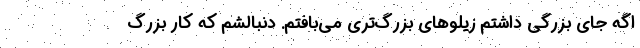
اگه جای بزرگی داشتم زیلوهای بزرگ‌تری می‌بافتم. دنبالشم که کار بزرگ